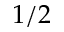
1 / 2